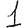
Digit: 1